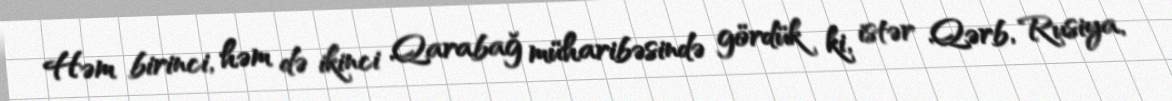
Həm birinci, həm də ikinci Qarabağ müharibəsində gördük ki, istər Qərb, Rusiya,